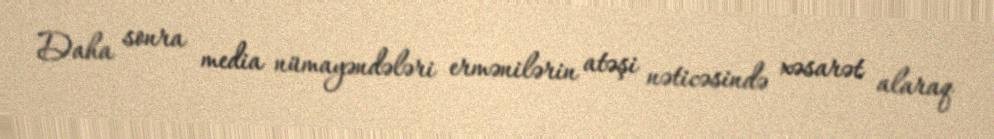
Daha sonra media nümayəndələri ermənilərin atəşi nəticəsində xəsarət alaraq